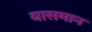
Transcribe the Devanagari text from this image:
यासमान